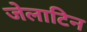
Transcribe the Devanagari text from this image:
जेलाटिन